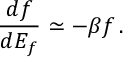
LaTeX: \frac { d f } { d E _ { f } } \simeq - \beta f \, .